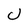
Character: U